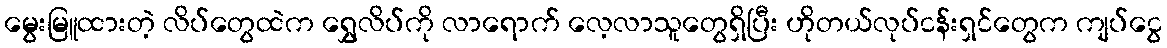
မွေးမြူထားတဲ့ လိပ်တွေထဲက ရွှေလိပ်ကို လာရောက် လေ့လာသူတွေရှိပြီး ဟိုတယ်လုပ်ငန်းရှင်တွေက ကျပ်ငွေ